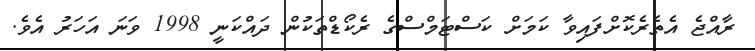
ރާއްޖެ އެތެރެކޮށްފައިވާ ކަމަށް ކަސްޓަމްސްގެ ރެކޯޑްތަކުން ދައްކަނީ 1998 ވަނަ އަހަރު އެވެ.